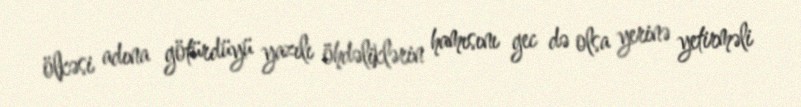
ölkəsi adına götürdüyü yazılı öhdəliklərin hamısını gec də olsa yerinə yetirməli